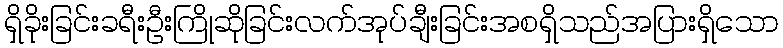
ရှိခိုးခြင်းခရီးဦးကြိုဆိုခြင်းလက်အုပ်ချီးခြင်းအစရှိသည်အပြားရှိသော